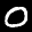
Label: 0